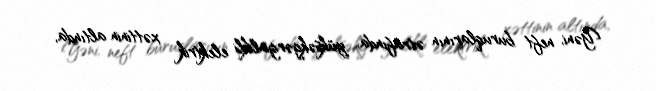
Yəni, neft buruqlarının ətrafında, yüksəkgərginlikli elektrik xəttinin altında,